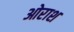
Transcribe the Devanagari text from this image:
ओराश